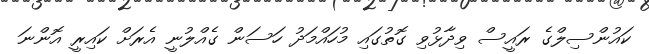
ކައުންސިލްގެ ރައީސް ވިދާޅުވި ގޮތުގައި މުހައްމަދު ހަސަން ގެއްލުނީ އެރަށް ކައިރީ އޮންނަ